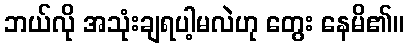
ဘယ်လို အသုံးချရပါ့မလဲဟု တွေး နေမိ၏။